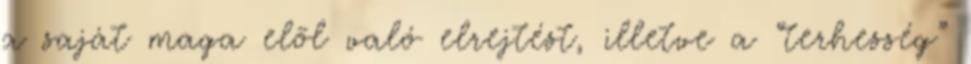
a saját maga elõl való elrejtést, illetve a “terhesség”